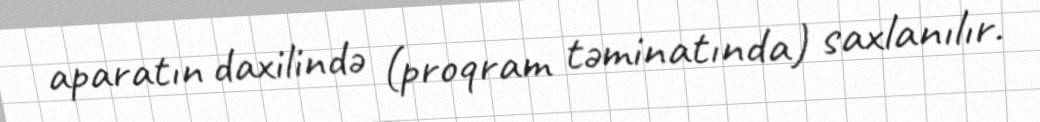
aparatın daxilində (proqram təminatında) saxlanılır.